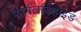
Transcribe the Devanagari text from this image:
फार्मलडिहाइड